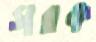
সরক